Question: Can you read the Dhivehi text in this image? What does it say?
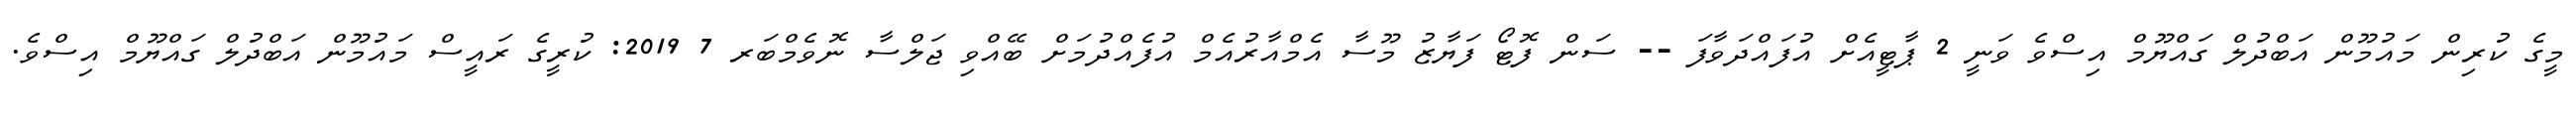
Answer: މީގެ ކުރިން މައުމޫން އަބްދުލް ގައްޔޫމް އިސްވެ ވަނީ 2 ޕާޓީއެށް އުފައްދަވާފަ -- ސަން ފޮޓޯ ފަޔާޒު މޫސާ އެމްއާރުއެމް އުފެއްދުމަށް ބޭއްވި ޖަލްސާ ނޮވެމްބަރ 7 2019: ކުރީގެ ރައީސް މައުމޫން އަބްދުލް ގައްޔޫމް އިސްވެ.